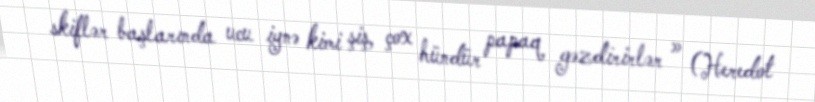
skiflər başlarında ucu iynə kimi şiş, çox hündür papaq gəzdirirlər » (Heredot